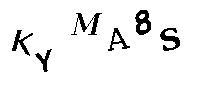
KYMA8S